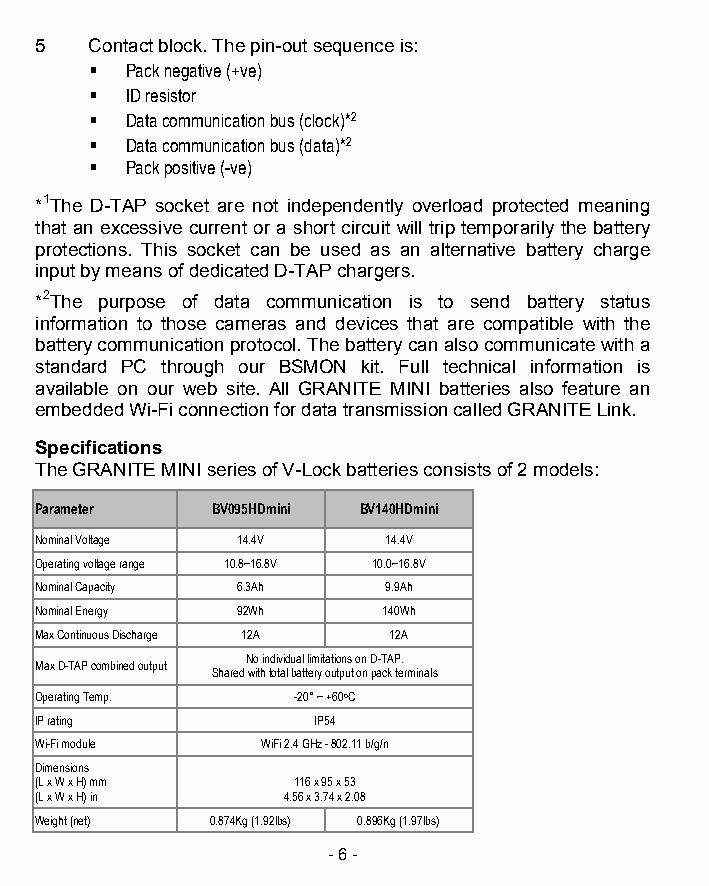
5   Contact block. The pin-out sequence is:
  Pack negative (+ve)
  ID resistor
  Data communication bus (clock)*2
  Data communication bus (data)*2
  Pack positive (-ve)
 *1The D-TAP socket are not independently overload protected meaning
 that an excessive current or a short circuit will trip temporarily the battery
 protections. This socket can be used as an alternative battery charge
 input by means of dedicated D-TAP chargers.
 *2The purpose of data communication is to send battery status
 information to those cameras and devices that are compatible with the
 battery communication protocol. The battery can also communicate with a
 standard PC through our BSMON kit. Full technical information is
 available on our web site. All GRANITE MINI batteries also feature an
 embedded Wi-Fi connection for data transmission called GRANITE Link.
 Specifications
 The GRANITE MINI series of V-Lock batteries consists of 2 models:
 Parameter   BV095HDmini BV140HDmini
 Nominal Voltage 14.4V   14.4V
 Operating voltage range 10.8~16.8V 10.0~16.8V
 Nominal Capacity 6.3Ah  9.9Ah
 Nominal Energy 92Wh    140Wh
 Max Continuous Discharge 12A 12A
 No individual limitations on D-TAP.
 Max D-TAP combined output
 Shared with total battery output on pack terminals
 Operating Temp.   -20° ~ +60oC
 IP rating          IP54
 Wi-Fi module   WiFi 2.4 GHz - 802.11 b/g/n
 Dimensions
 (L x W x H) mm   116 x 95 x 53
 (L x W x H) in   4.56 x 3.74 x 2.08
 Weight (net) 0.874Kg (1.92lbs) 0.896Kg (1.97lbs)
 - 6 -